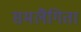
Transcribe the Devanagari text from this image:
समलैंगिता